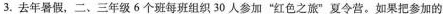
3.去年暑假，二、三年级6个班每班组织30人参加”红色之旅”夏令营。如果把参加的